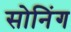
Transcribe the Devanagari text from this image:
सोनिंग